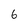
Character: 6